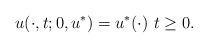
LaTeX: \begin{align*}u(\cdot,t;0,u^*)=u^*(\cdot)\,\, t\ge 0.\end{align*}